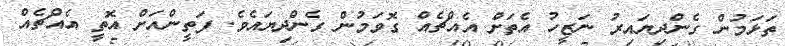
ތަޅަމުން ގެންދިޔައިރު ނަޒީހު އެތަށް އެއްޗެއް ގޮވަމުން ގެންދިޔައެވެ. ފަތީންއަށް އޮތީ އެއްޗެއް